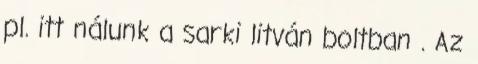
pl. itt nálunk a sarki litván boltban . Az